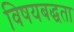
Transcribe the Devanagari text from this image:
विषयबद्धता